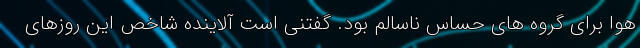
هوا برای گروه های حساس ناسالم بود. گفتنی است آلاینده شاخص این روزهای